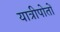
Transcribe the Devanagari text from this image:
यात्रीपोतों